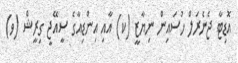
އޮޑިޓާ ޖެނެރަލް ހުސައިން ނިޔާޒީ (ކ) އާއި އިންޑިއާގެ ސީއޭޖީ ގިރީޝް (ވ)